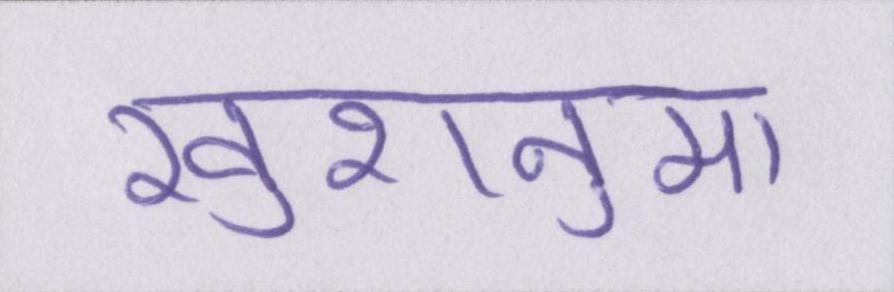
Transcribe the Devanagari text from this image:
खुशनुमा